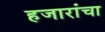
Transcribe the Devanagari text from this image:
हजारांचा